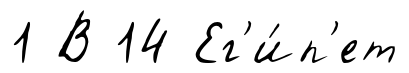
1 В 14 Ег'и́п'ет